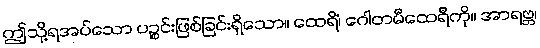
ဤသို့ရအပ်သော ပဉ္စင်းဖြစ်ခြင်းရှိသော။ ထေရိံ၊ ဂေါတမီထေရီကို။ အာရဗ္ဘ၊